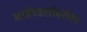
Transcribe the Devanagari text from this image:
आईवडलांबरोबर